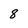
Character: 8